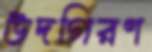
উদগিরণ